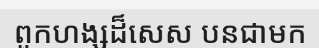
ពួកហង្សដ៏សេស បនជាមក